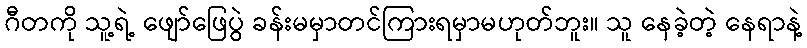
ဂီတကို သူ့ရဲ့ ဖျော်ဖြေပွဲ ခန်းမမှာတင်ကြားရမှာမဟုတ်ဘူး။ သူ နေခဲ့တဲ့ နေရာနဲ့